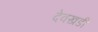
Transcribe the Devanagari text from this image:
देवखडी